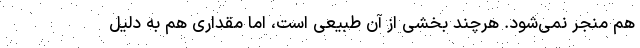
هم منجر نمی‌شود. هرچند بخشی از آن طبیعی است، اما مقداری هم به دلیل